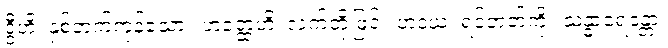
ဒွီဟိ၊ နှစ်ဘက်ကုန်သော။ ဟတ္ထေဟိ၊ လက်တို့ဖြင့်။ ဟဒယံ၊ ရင်ဘတ်ကို။ သန္ဓာရေန္တော၊